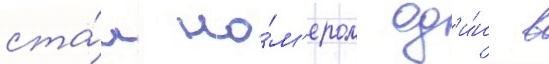
ста́л но́м'ером од'и́н в